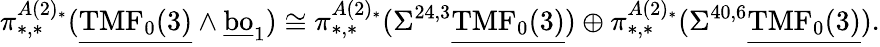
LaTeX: \pi_{*,*}^{A(2)_{*}}(\underline{{\mathrm{TMF}_{0}(3)}}\wedge\underline{{\mathrm{bo}}}_{1})\cong\pi_{*,*}^{A(2)_{*}}(\Sigma^{24,3}\underline{{\mathrm{TMF}_{0}(3)}})\oplus\pi_{*,*}^{A(2)_{*}}(\Sigma^{40,6}\underline{{\mathrm{TMF}_{0}(3)}}).